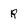
Character: R